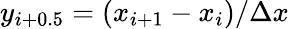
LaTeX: y_{i+0.5}=(x_{i+1}-x_{i})/\Delta x